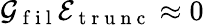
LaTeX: \mathcal{G}_{\mathrm{~f~i~l~}}\mathcal{E}_{\mathrm{~t~r~u~n~c~}}\approx 0